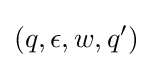
(q,\epsilon ,w,q')